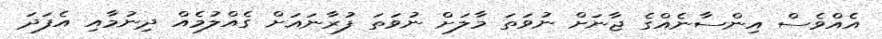
އެއްވެސް އިންސާނެއްގެ ޖާނަށް ނުވަތަ މާލަށް ނުވަތަ ފުރާނައަށް ގެއްލުމެއް ދިނުމާއި އެފަދަ